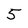
Character: 5